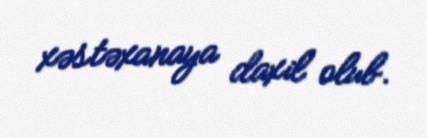
xəstəxanaya daxil olub.